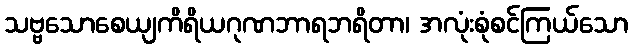
သဗ္ဗသောစေယျကိရိယဂုဏဘာရဘရိတာ၊ အလုံးစုံစင်ကြယ်သော